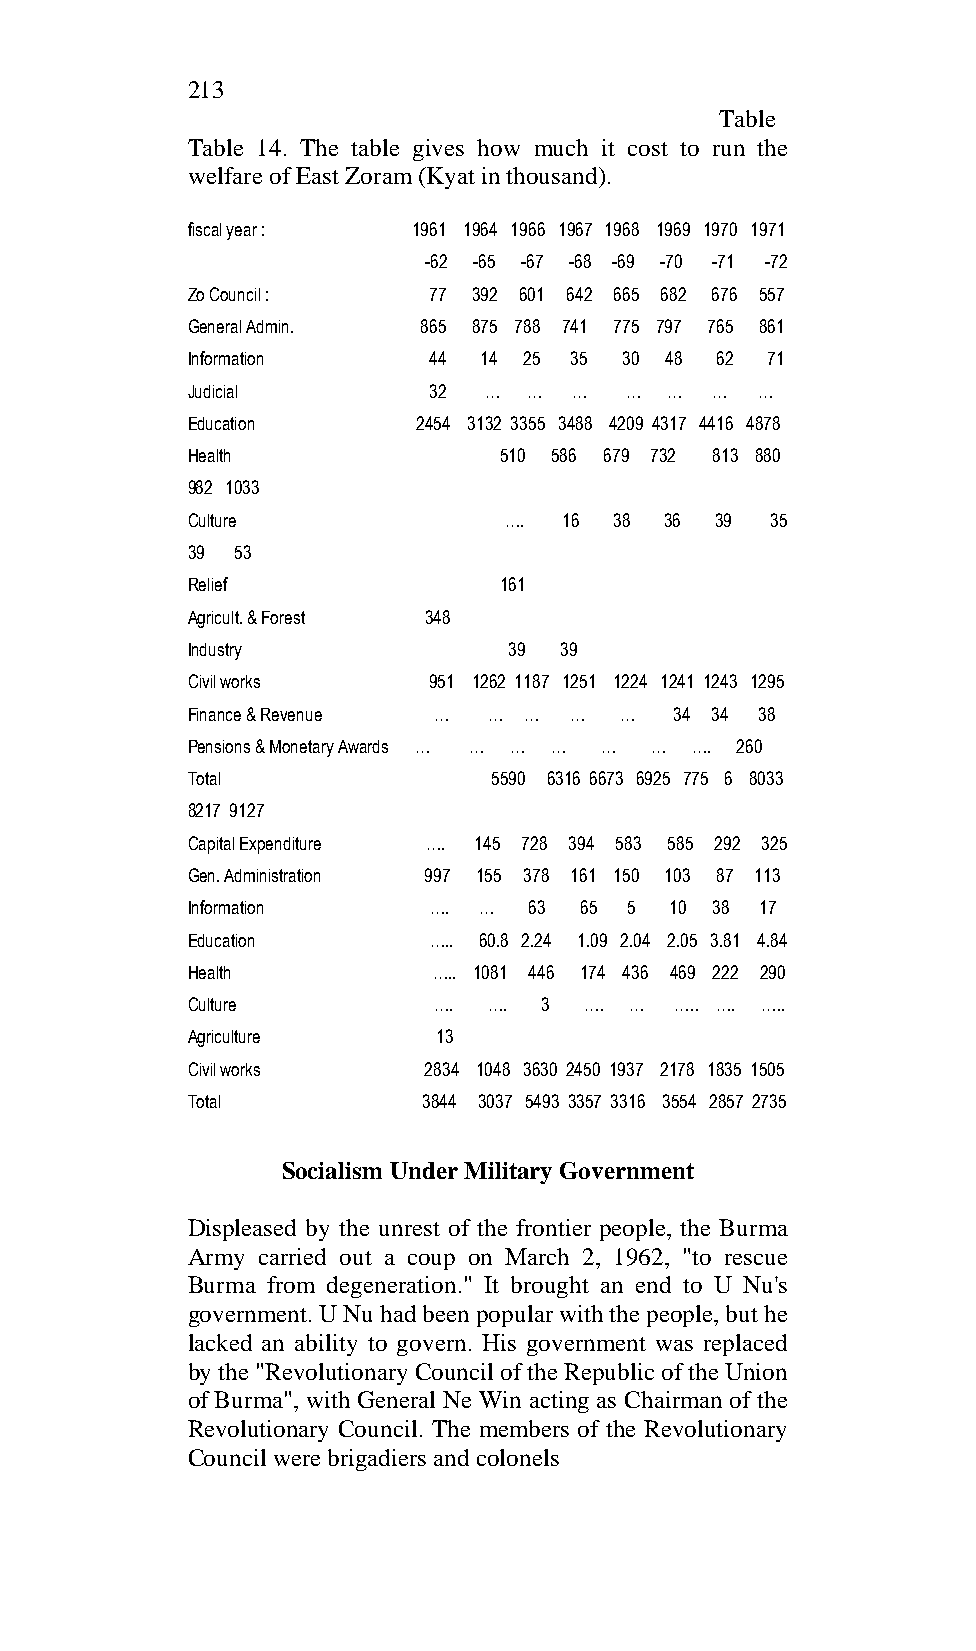
213
 Table
 Table 14. The table gives how much it cost to run the
 welfare of East Zoram (Kyat in thousand).
 fiscal year :  1961 1964 1966 1967 1968 1969 1970 1971
 -62 -65 -67 -68 -69 -70 -71 -72
 Zo Council :    77 392 601 642 665 682 676 557
 General Admin.  865 875 788 741 775 797 765 861
 Information     44  14 25 35 30 48 62  71
 Judicial        32  …  …  …  …  …  …  …
 Education       2454 3132 3355 3488 4209 4317 4416 4878
 Health               510 586 679 732 813 880
 982 1033
 Culture              ….  16  38 36 39  35
 39  53
 Relief               161
 Agricult. & Forest 348
 Industry              39 39
 Civil works     951 1262 1187 1251 1224 1241 1243 1295
 Finance & Revenue … …  …  …  …   34 34 38
 Pensions & Monetary Awards … … … … … … …. 260
 Total                5590 6316 6673 6925 775 6 8033
 8217 9127
 Capital Expenditure …. 145 728 394 583 585 292 325
 Gen. Administration 997 155 378 161 150 103 87 113
 Information     ….  …  63 65  5 10 38 17
 Education       ….. 60.8 2.24 1.09 2.04 2.05 3.81 4.84
 Health           ….. 1081 446 174 436 469 222 290
 Culture          …. ….  3  …. …  ….. …. …..
 Agriculture      13
 Civil works     2834 1048 3630 2450 1937 2178 1835 1505
 Total           3844 3037 5493 3357 3316 3554 2857 2735
 Socialism Under Military Government
 Displeased by the unrest of the frontier people, the Burma
 Army carried out a coup on March 2, 1962, "to rescue
 Burma from degeneration." It brought an end to U Nu's
 government. U Nu had been popular with the people, but he
 lacked an ability to govern. His government was replaced
 by the "Revolutionary Council of the Republic of the Union
 of Burma", with General Ne Win acting as Chairman of the
 Revolutionary Council. The members of the Revolutionary
 Council were brigadiers and colonels